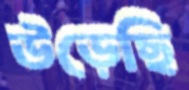
উড়েছি